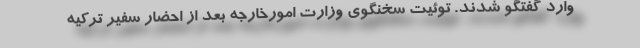
وارد گفتگو شدند. توئیت سخنگوی وزارت امورخارجه بعد از احضار سفیر ترکیه